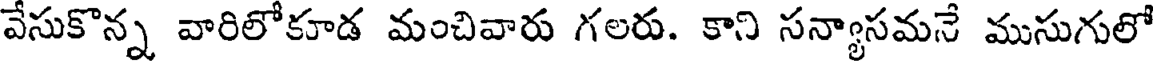
వేసుకొన్న వారిలోకూడ మంచివారు గలరు. కాని సన్యాసమనే ముసుగులో